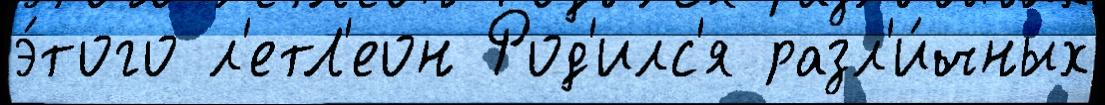
э́того л'етЛ'еон Род'илс'я разл'и́чных